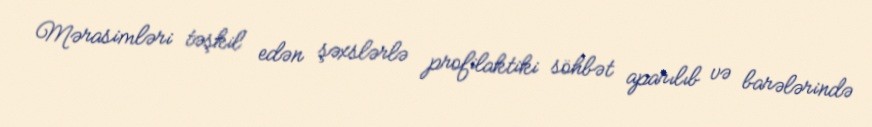
Mərasimləri təşkil edən şəxslərlə profilaktiki söhbət aparılıb və barələrində